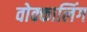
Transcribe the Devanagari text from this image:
वोक्कालिंग